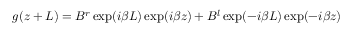
g ( z + L ) = B ^ { r } \exp ( i \beta L ) \exp ( i \beta z ) + B ^ { l } \exp ( - i \beta L ) \exp ( - i \beta z )